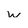
Character: w